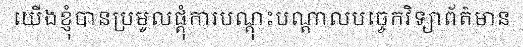
យើងខ្ញុំបានប្រមូលផ្តុំការបណ្តុះបណ្តាលបច្ចេកវិទ្យាព័ត៌មាន